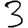
Digit: 3